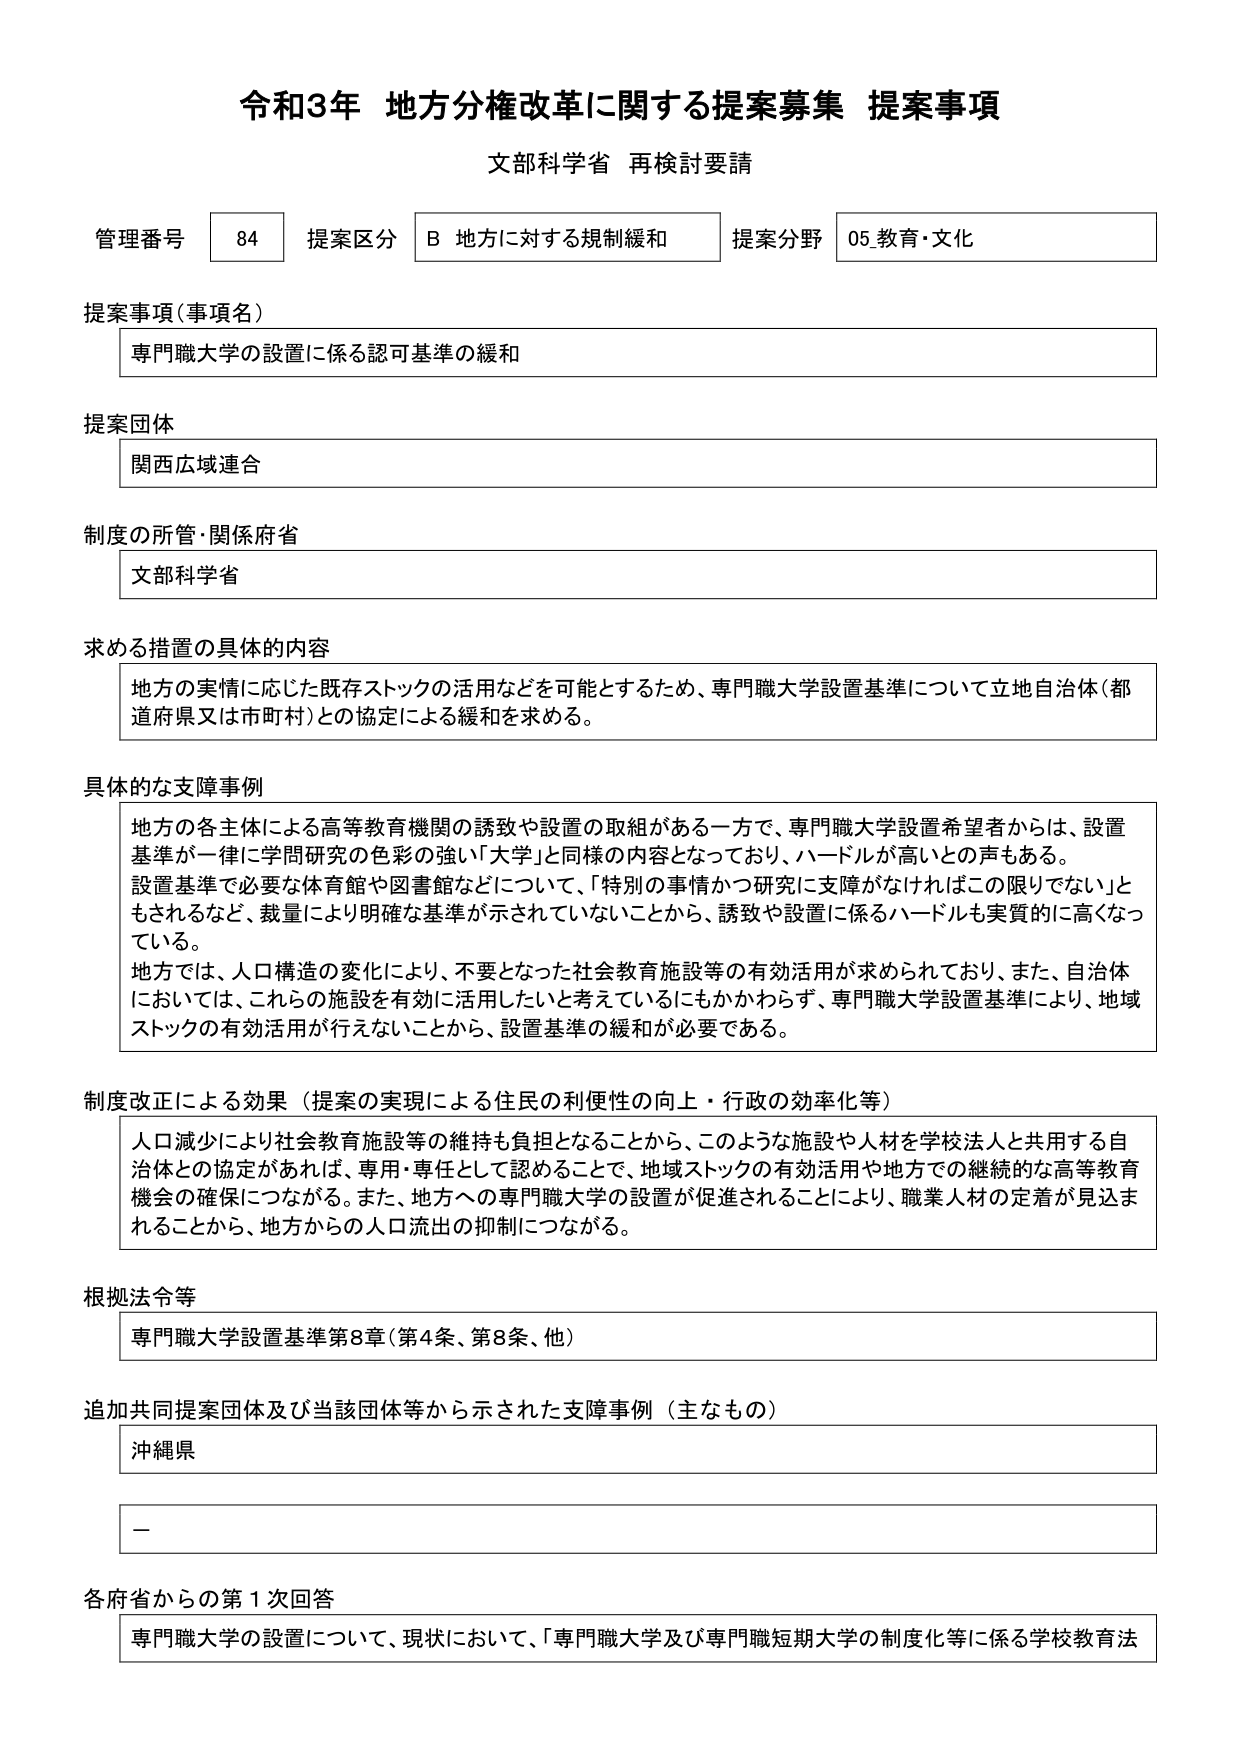
令和3年 地方分権改革に関する提案募集 提案事項
文部科学省 再検討要請

管理番号 84 提案区分 B 地方に対する規制緩和 提案分野 05.教育・文化

提案事項（事項名）
専門職大学の設置に係る認可基準の緩和

提案団体
関西広域連合

制度の所管・関係府省
文部科学省

求める措置の具体的内容
地方の実情に応じた既存ストックの活用などを可能とするため、専門職大学設置基準について立地自治体（都道府県又は市町村）との協定による緩和を求める。

具体的な支障事例
地方の各主体による高等教育機関の誘致や設置の取組がある一方で、専門職大学設置希望者からは、設置基準が一律に学問研究の色彩の強い「大学」と同様の内容となっており、ハードルが高いとの声もある。
設置基準で必要な体育館や図書館などについて、「特別の事情かつ研究に支障がなければこの限りでない」ともされるなど、裁量により明確な基準が示されていないことから、誘致や設置に係るハードルも実質的に高くなっている。
地方では、人口構造の変化により、不要となった社会教育施設等の有効活用が求められており、また、自治体においては、これらの施設を有効に活用したいと考えているにもかかわらず、専門職大学設置基準により、地域ストックの有効活用が行えないことから、設置基準の緩和が必要である。

制度改正による効果（提案の実現による住民の利便性の向上・行政の効率化等）
人口減少により社会教育施設等の維持も負担となることから、このような施設や人材を学校法人と共用する自治体との協定があれば、専用・専任として認めることで、地域ストックの有効活用や地方での継続的な高等教育機会の確保につながる。また、地方への専門職大学の設置が促進されることにより、職業人材の定着が見込まれることから、地方からの人口流出の抑制につながる。

根拠法令等
専門職大学設置基準第8章（第4条、第8条、他）

追加共同提案団体及び当該団体等から示された支障事例（主なもの）
沖縄県
－

各府省からの第1次回答
専門職大学の設置について、現状において、「専門職大学及び専門職短期大学の制度化等に係る学校教育法